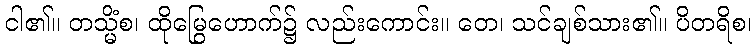
ငါ၏။ တသ္မိံစ၊ ထိုမြွေဟောက်၌ လည်းကောင်း။ တေ၊ သင်ချစ်သား၏။ ပိတရိစ၊